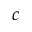
c